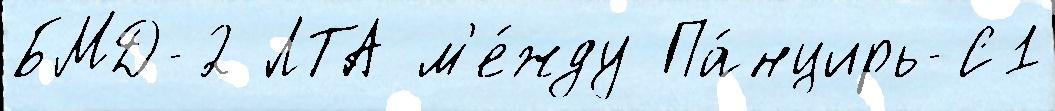
БМД-2 ЛТА м'е́жду Па́нцирь-С1